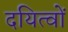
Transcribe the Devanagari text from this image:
दयित्वों